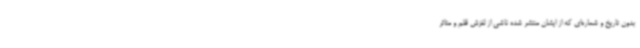
بدون تاریخ و شماره‌ای که از ایشان منتشر شده ناشی از لغزش قلم و متاثر